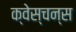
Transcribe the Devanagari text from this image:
क्वेस्चन्स